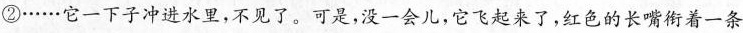
②……它一下子冲进水里，不见了。可是，没一会儿，它飞起来了，红色的长嘴衔着一条